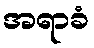
အရာခံ